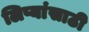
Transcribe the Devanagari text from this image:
लिप्यांसाठी